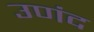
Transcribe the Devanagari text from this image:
उणंद